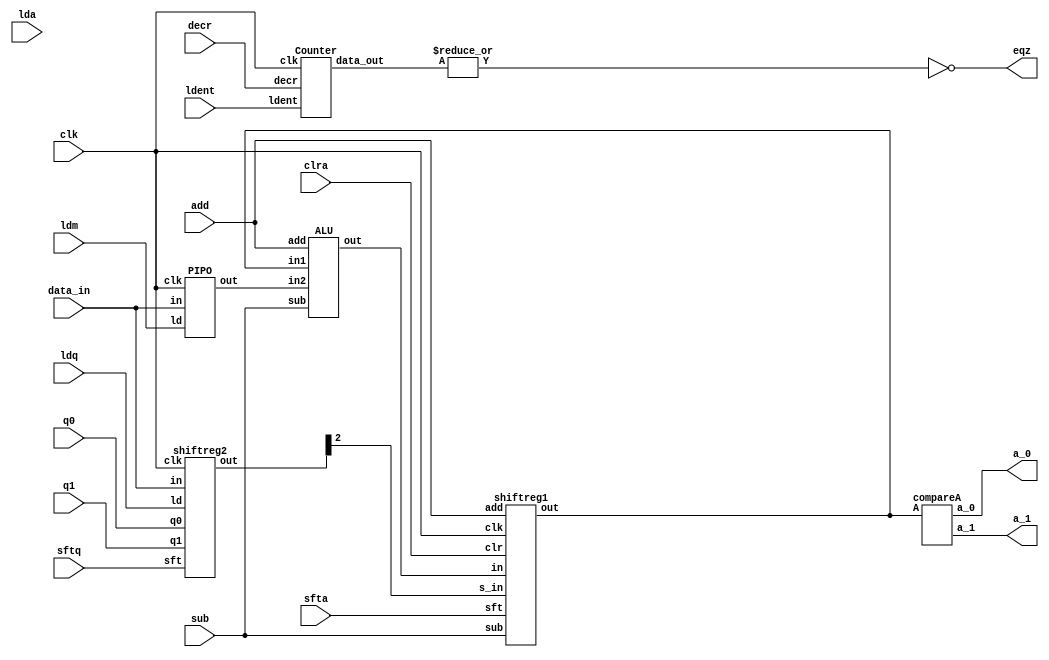
`timescale 1ns/1ps
module Division_nrestoring (lda,ldm,ldq,a_0,a_1,clra,sfta,sftq,eqz,ldent,clk,data_in,decr,q0,q1,add,sub);
input lda,ldm,ldq,clra,sfta,sftq,clk,ldent,decr;
parameter N=3;
input [N-1:0] data_in;
input q0,q1,add,sub;
output eqz;
output a_0,a_1;
wire [N-1:0] A,M,Z,Q;
wire [N-1:0] count;
assign eqz= ~|count;
shiftreg1 Ac (A,Z,sfta,clra,Q[N-1],clk,add,sub);
compareA  A_c(a_0,a_1,A);
shiftreg2 Qc (Q,data_in,q0,q1,ldq,sftq,clk);
PIPO Mul (M,data_in,ldm,clk);
ALU Sub (Z,A,M,add,sub);
Counter c (count,decr,ldent,clk);
endmodule
module shiftreg1 (out,in,sft,clr,s_in,clk,add,sub);
input s_in,clk,clr,sft,add,sub;
parameter N=3;
input [N-1:0] in;
output reg [N-1:0] out;
always @(posedge clk)
begin
if(sft) out<={out[N-2:0],s_in};
else if(clr) out<=0;
else if(sub && !add || !sub && add) out<=in;
end
endmodule
module compareA (a_0,a_1,A);
parameter N=3;
input [N-1:0] A;
output reg a_0,a_1;
always @(*)
begin
    if(!A[N-1]) 
    begin
        a_0<=1;a_1<=1;
    end
    else begin
        a_0<=0;a_1<=0;
    end
end
endmodule
module shiftreg2 (out,in,q0,q1,ld,sft,clk);
input ld,clk,sft;
parameter N=3;
input q0,q1;
input [N-1:0] in;
output reg [N-1:0] out;
always @(posedge clk)
begin
    if(sft) out<=out<<1;
    else if(!q0 && q1) out<={out[N-1:1],1'b1};
    else if(q0 && !q1) out<={out[N-1:1],1'b0};
    else if(ld) out<=in;
end
endmodule
module PIPO (out,in,ld,clk);
parameter N=3;
input ld,clk;
input [N-1:0] in;
output reg [N-1:0] out;
always @(posedge clk)
if(ld) out<=in;
endmodule
module ALU (out,in1,in2,add,sub);
parameter N=3;
input [N-1:0] in1,in2;
output reg [N-1:0]out;
input add,sub;
always @(*)
begin
    if(sub && !add) begin out<=in1-in2; end 
    else if(add && !sub) begin out<=in1+in2; end    
end
endmodule
module Counter (data_out,decr,ldent,clk);
parameter N=3;
    input decr,clk,ldent;
    output reg [N-1:0] data_out;
    always @(posedge clk)
    begin
        if(ldent) data_out<=N;
        else if(decr) data_out<=data_out-1;
    end
endmodule
module Controller (lda,ldm,ldq,a_0,a_1,clra,sfta,sftq,eqz,ldent,clk,decr,q0,q1,add,sub,start,done);
input clk, start,eqz;
input a_0,a_1;
output reg lda,ldm,ldq,clra,sfta,sftq,ldent,decr,done;
output reg q0,q1,add,sub;
reg [3:0] state;
parameter s0=4'b0000, s1=4'b0001,s2=4'b0010,s3=4'b0011,s4=4'b0100,s5= 4'b0101,s6=4'b0110,s7=4'b0111,s8=4'b1000,s9=4'b1001,s10=4'b1010,s11=4'b1011,s12=1100;
always @(posedge clk)
begin
    case (state)
        s0: if(start) state<=s1;
        s1:state<=s2;
        s2:if(a_0 && a_1) state<=s3;
           else if(!a_0 && !a_1)state<=s4;
        s3:state<=s5;
        s4:state<=s5;
        s5:if(a_0 && a_1) state<=s6;
           else if(!a_0 && !a_1)state<=s7;
        s6:state<=s8;
        s7:state<=s8;
        s8:state<=s9;
        s9:#2 if(!eqz) state<=s2;
              else state<=s10;
        s10:if(a_0 && a_1) state<=s12;
           else if(!a_0 && !a_1) state<=s11;
        s11:state<=s12;
        s12:state<=s12;

        default: state<=s0;
    endcase
end
always @(state)
begin
    case (state)
        s0: begin
            ldm=0;ldq=0;clra=0;sfta=0;sftq=0;ldent=0;decr=0;done=0;sfta=0;sftq=0;lda=0;
        end
        s1:begin
            ldm=0;ldq=1;clra=1;sfta=0;sftq=0;ldent=1;decr=0;done=0;q0=0;q1=0;sfta=0;sub=0;lda=0;
        end
        s2:begin
            ldm=1;ldq=0;sfta=1;sftq=1;ldent=0;decr=0;done=0;clra=0;q0=0;q1=0;add=0;sub=0;lda=0;
        end
        s3:begin
            ldm=0;ldq=0;sfta=0;sftq=0;ldent=0;decr=0;done=0;clra=0;add=0;sub=1;q0=0;q1=0;lda=0;
        end
        s4:begin
            ldm=0;ldq=0;sfta=0;sftq=0;ldent=0;decr=0;done=0;clra=0;add=1;sub=0;q0=0;q1=0;lda=0;
        end
        s5:begin
            ldm=0;ldq=0;sfta=0;sftq=0;ldent=0;decr=0;done=0;clra=0;add=0;sub=0;q0=0;q1=0;lda=0;
         end
        s6:begin
            ldm=0;ldq=0;sfta=0;q0=0;q1=1;sftq=0;ldent=0;decr=0;done=0;clra=0;add=0;sub=0;lda=0;
        end
        s7: begin ldm=0;ldq=0;sfta=0;sftq=0;ldent=0;decr=0;done=0;q0=1;q1=0;add=0;sub=0;lda=0;
        end
        s8:begin ldm=0;ldq=0;sfta=0;sftq=0;ldent=0;decr=1;done=0;q0=0;q1=0;add=0;sub=0;lda=0;
        end
        s9:begin ldm=0;ldq=0;sfta=0;sftq=0;ldent=0;decr=0;done=0;q0=0;q1=0;add=0;sub=0;lda=0;
        end
        s10:begin ldm=0;ldq=0;sfta=0;sftq=0;ldent=0;decr=0;done=0;q0=0;q1=0;add=0;sub=0;lda=0;
        end
        s11:begin ldm=0;ldq=0;sfta=0;sftq=0;ldent=0;decr=0;done=0;q0=0;q1=0;add=1;sub=0;lda=0;
        end
        s12:begin done=1;
        end
        default:begin
            clra=0;sfta=0;ldq=0;sftq=0;done=0;
        end  
    endcase

end
    
endmodule